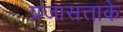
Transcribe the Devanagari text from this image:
प्रजासत्ताके